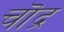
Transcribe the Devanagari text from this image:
चॊद्र